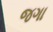
જગા